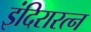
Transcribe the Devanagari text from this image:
इंदिरारत्‍न